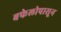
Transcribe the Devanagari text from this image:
बफेलोपासून